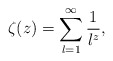
\begin{align*}\zeta(z)=\sum_{l=1}^\infty \frac{1}{l^z},\end{align*}